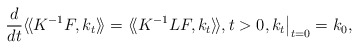
\begin{align*} \frac{d}{d t} \langle\!\langle K^{-1}F, k_t\rangle\!\rangle = \langle\!\langle K^{-1}LF, k_t\rangle\!\rangle,t>0, k_t\bigr|_{t=0}=k_0,\end{align*}